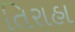
તિરાહા